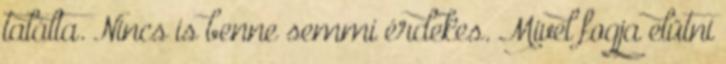
találta. Nincs is benne semmi érdekes. Mivel fogja elütni